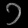
Digit: ၁